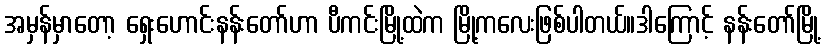
အမှန်မှာတော့ ရှေးဟောင်းနန်းတော်ဟာ ပီကင်းမြို့ထဲက မြို့ကလေးဖြစ်ပါတယ်။ဒါကြောင့် နန်းတော်မြို့